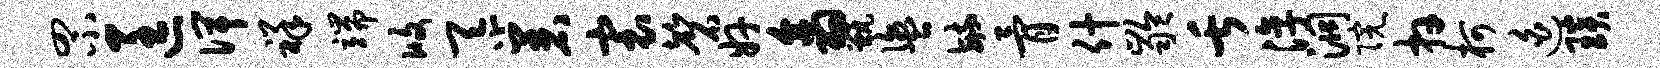
罘匡俾祥端攸忝着寰磬奸翕甑盥毓骨什龄舌淳洞院卉柯迫琰